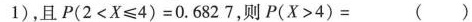
1)，且 $$P ( 2 <X ≤ 4 ) =0 . 6 8 2 7$$，则 $$P ( X >4 )=$$ ()